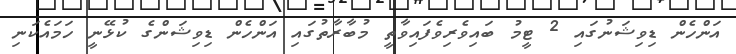
އަންހެން ޑިވިޝަނުގައި 2 ޓީމު ބައިވެރިވެފައިވާތީ މުބާރާތުގައި އަންހެން ޑިވިޝަންގެ ކުޅޭނީ ހަމައެކަނި